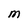
Character: M